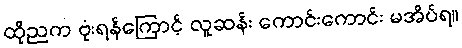
ထိုညက ဗုံးရန်ကြောင့် လူဆန်း ကောင်းကောင်း မအိပ်ရ။